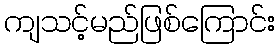
ကျသင့်မည်ဖြစ်ကြောင်း